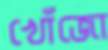
খোঁজো